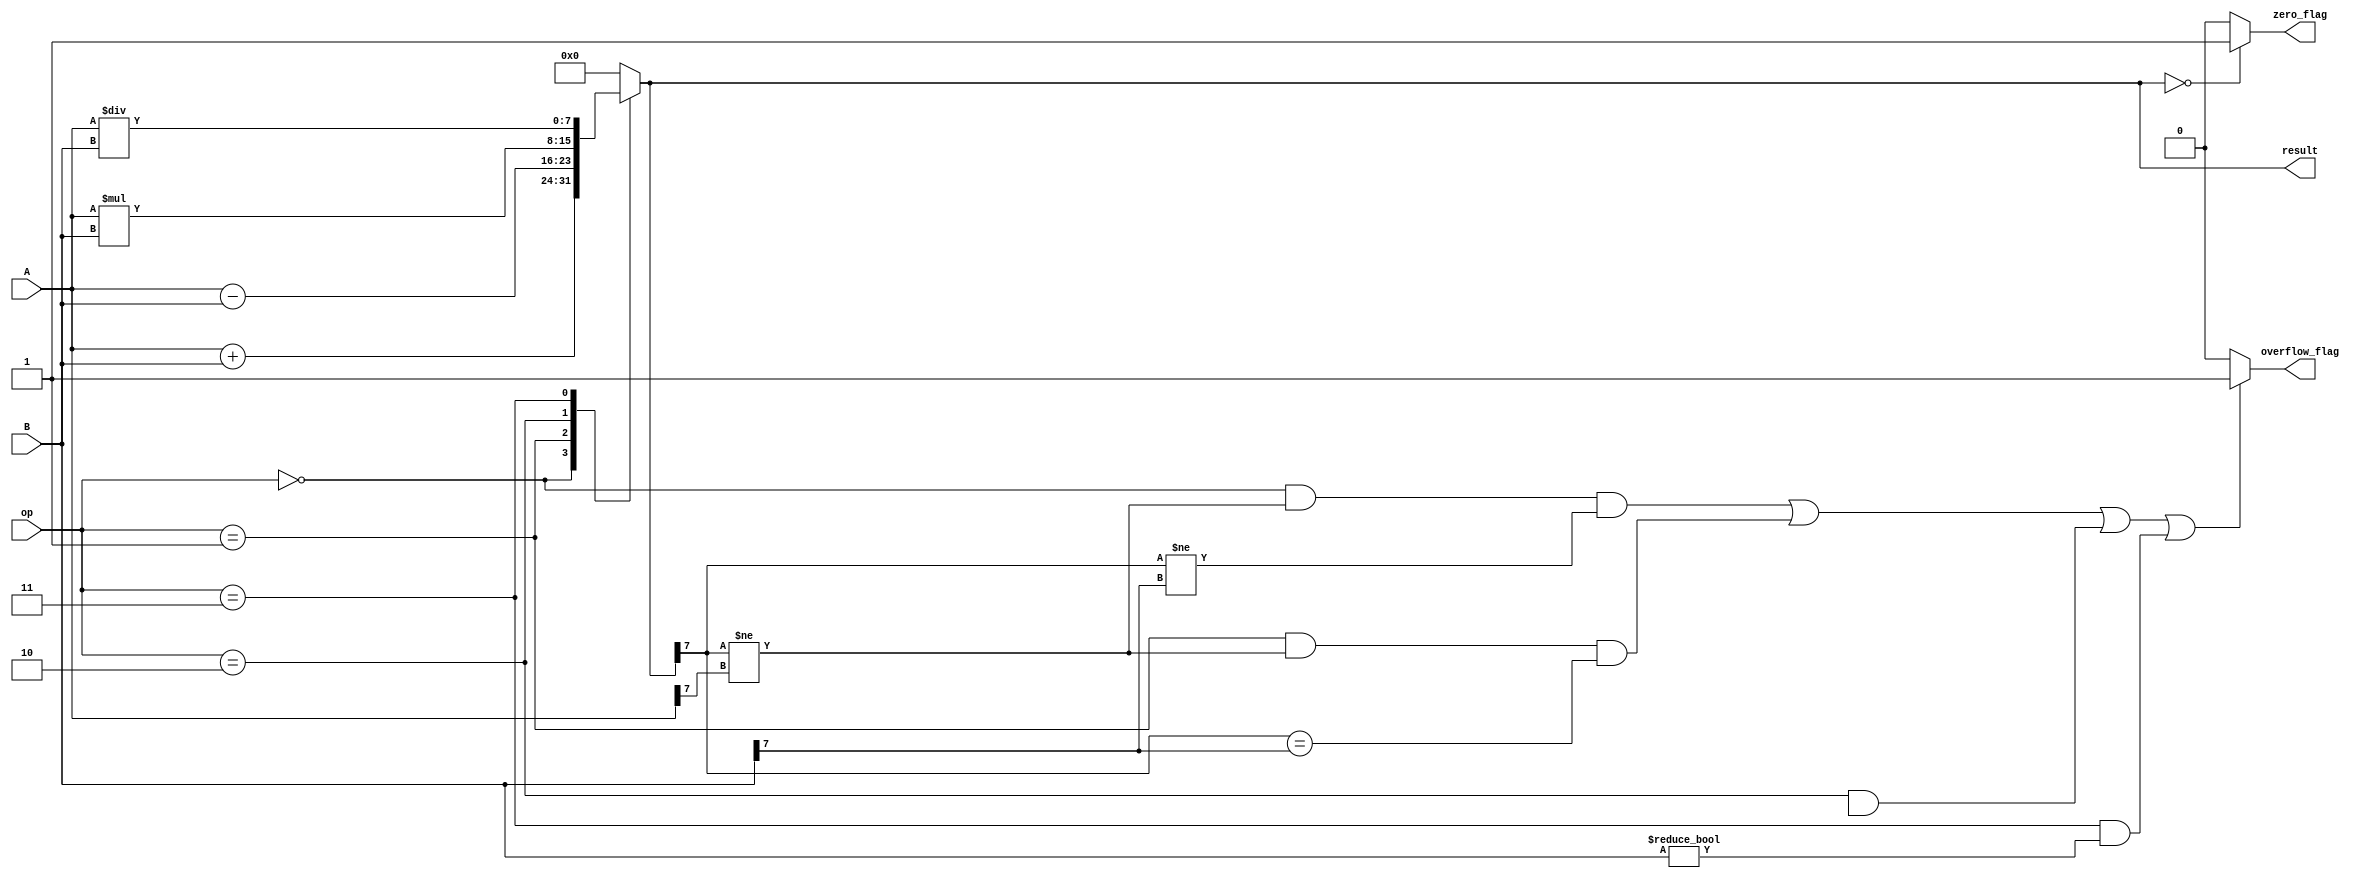
module ALU (
    input [7:0] A,
    input [7:0] B,
    input [3:0] op, // operation selection
    output reg [7:0] result, // output result
    output reg zero_flag, // flag indicating result is zero
    output reg overflow_flag // flag indicating overflow condition
);

always @* begin
    case(op)
        4'b0000: result = A + B; // addition
        4'b0001: result = A - B; // subtraction
        4'b0010: result = A * B; // multiplication
        4'b0011: result = A / B; // division
        default: result = 8'b0; // default to zero
    endcase

    // zero flag
    if(result == 0) begin
        zero_flag = 1;
    end else begin
        zero_flag = 0;
    end

    // overflow flag
    if((op == 4'b0000 && result[7] != A[7] && result[7] != B[7]) || // overflow on addition
       (op == 4'b0001 && result[7] != A[7] && result[7] == B[7]) || // overflow on subtraction
       (op == 4'b0010 && result[15:8] != 0) || // overflow on multiplication
       (op == 4'b0011 && B != 0) // overflow on division
    ) begin
        overflow_flag = 1;
    end else begin
        overflow_flag = 0;
    end
end

endmodule